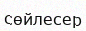
сөйлесер